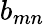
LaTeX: b_{mn}